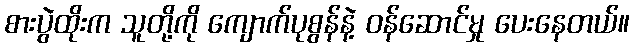
စားပွဲထိုးက သူတို့ကို ကျောက်ပုစွန်နဲ့ ဝန်ဆောင်မှု ပေးနေတယ်။